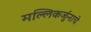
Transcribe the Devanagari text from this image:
मल्लिकर्जुनाचे